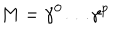
M = \gamma ^ { 0 } \ldots \gamma ^ { p }